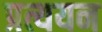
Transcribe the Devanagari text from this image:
प्रत्ययन